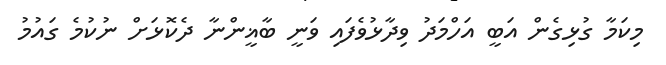
މިކަމާ ގުޅިގެން އަބީ އަހްމަދު ވިދާޅުވެފައި ވަނީ ބާޣީންނާ ދެކޮޅަށް ނުކުމެ ގައުމު